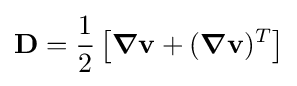
\mathbf {D} ={\frac {1}{2}}\left[{\boldsymbol {\nabla }}\mathbf {v} +({\boldsymbol {\nabla }}\mathbf {v} )^{T}\right]